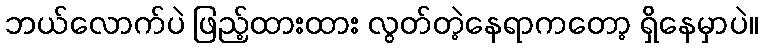
ဘယ်လောက်ပဲ ဖြည့်ထားထား လွတ်တဲ့နေရာကတော့ ရှိနေမှာပဲ။